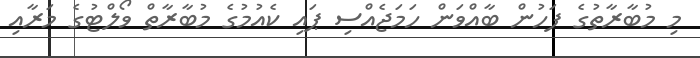
މި މުބާރާތުގެ ފަހުން ބާއްވަން ހަމަޖެއްސި ޕައި ކެއުމުގެ މުބާރާތް ވޯލްޓުގެ މަރާއި